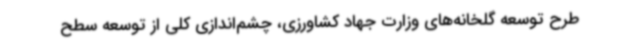
طرح توسعه گلخانه‌های وزارت جهاد کشاورزی، چشم‌اندازی کلی از توسعه سطح